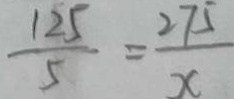
\frac { 1 2 5 } { 5 } = \frac { 2 7 5 } { x }